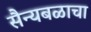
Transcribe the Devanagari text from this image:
सैन्यबळाचा